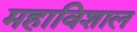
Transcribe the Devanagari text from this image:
महाविशाल